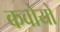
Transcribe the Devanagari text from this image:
कवोयों